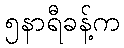
၅နာရီခန့်က